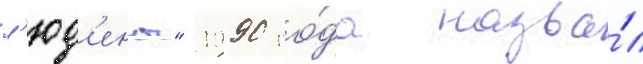
л'юд'ены" 1990 го́да назва́л